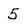
Character: 5